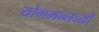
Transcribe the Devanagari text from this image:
योगमन्तव्यों